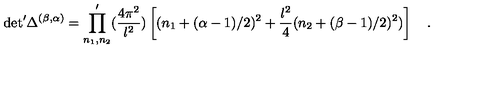
\mathrm { d e t } ^ { \prime } \Delta ^ { ( \beta , \alpha ) } = \prod _ { n _ { 1 } , n _ { 2 } } ^ { \prime } ( { \frac { 4 \pi ^ { 2 } } { l ^ { 2 } } } ) \left[ ( n _ { 1 } + ( \alpha - 1 ) / 2 ) ^ { 2 } + { \frac { l ^ { 2 } } { 4 } } ( n _ { 2 } + ( \beta - 1 ) / 2 ) ^ { 2 } ) \right] \quad .